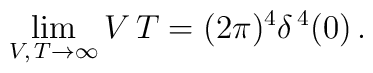
\lim_{V, \, T \to \infty} V \, T = (2 \pi)^4 \delta^{\, 4} (0) \, .